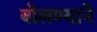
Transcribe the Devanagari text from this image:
बोलण्याने